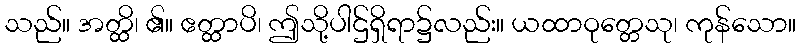
သည်။ အတ္ထိ၊ ၏။ ဧတ္ထာပိ၊ ဤသို့ပါဌ်ရှိရာ၌လည်း။ ယထာဝုတ္တေသု၊ ကုန်သော။